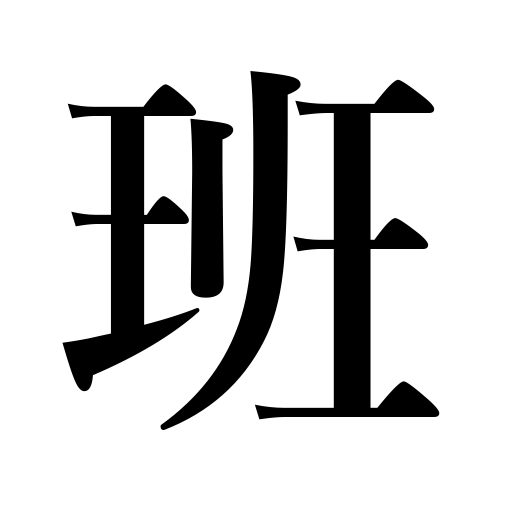
Meanings: unite,companions,order,corps,group,squad,party